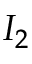
I _ { 2 }